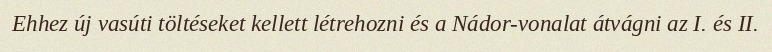
Ehhez új vasúti töltéseket kellett létrehozni és a Nádor-vonalat átvágni az I. és II.